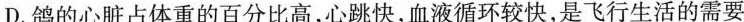
D.鸽的心脏占体重的百分比高，心跳快，血液循环较快，是飞行生活的需要